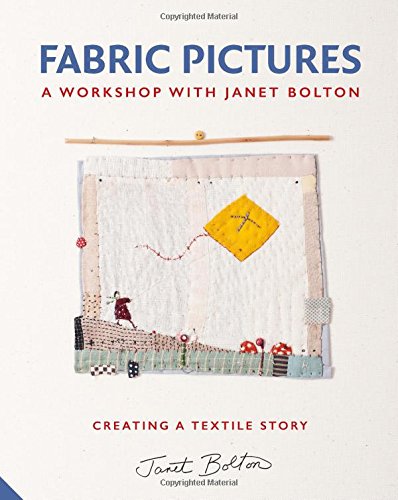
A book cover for Fabric Pictures: A Workshop with Janet Bolton - Creating a Textile Story; Janet Bolton; Crafts, Hobbies & Home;